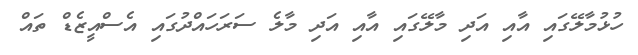
ހުޅުމާލޭގައި އާއި އަދި މާލޭގައި އާއި އަދި މާލެ ސަރަހައްދުގައި އެސްއީޒެޑް ތައް